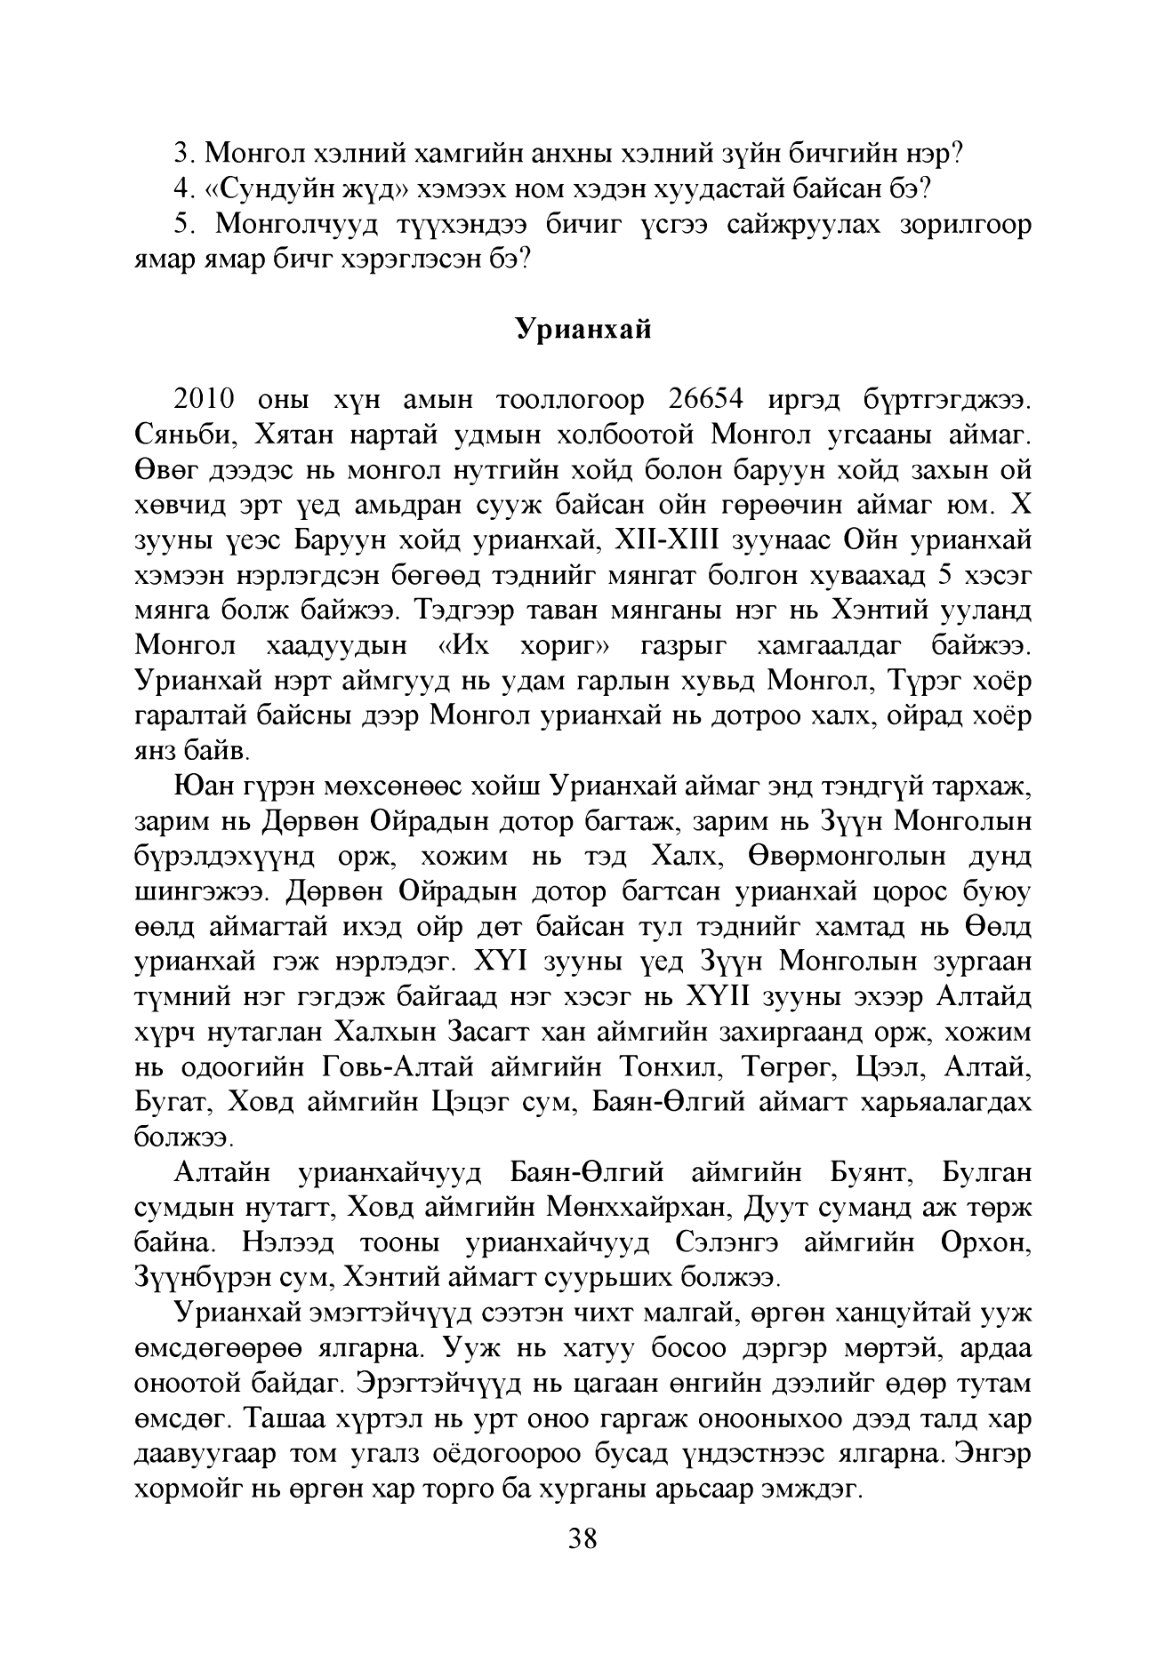
Language: mn